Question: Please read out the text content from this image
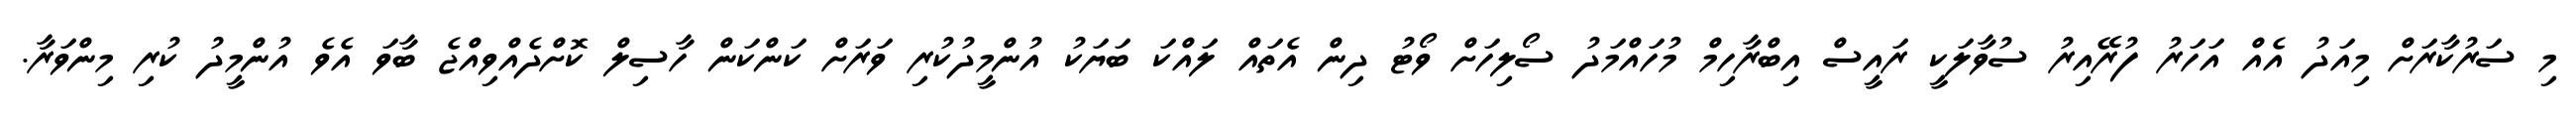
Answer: މި ސަރުކާރަށް މިއަދު އެއް އަހަރު ފުރޭއިރު ސުވާލަކީ ރައީސް އިބްރާހިމް މުހައްމަދު ސޯލިހަށް ވޯޓު ދިން އެތައް ލައްކަ ބަޔަކު އުންމީދުކުރި ވަރަށް ކަންކަން ހާސިލް ކޮށްދެއްވިއްޖެ ބާވަ އެވެ އުންމީދު ކުރި މިންވަރާ.